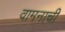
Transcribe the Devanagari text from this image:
वामनाची